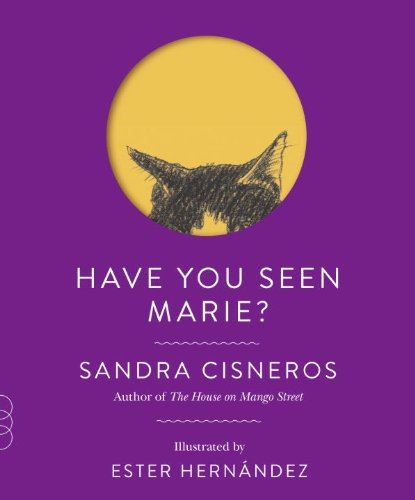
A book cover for Have You Seen Marie? (Vintage Contemporaries); Sandra Cisneros; Literature & Fiction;